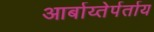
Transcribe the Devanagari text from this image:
आर्बाय्तेर्पर्ताय